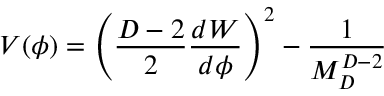
V ( \phi ) = \left( { \frac { D - 2 } { 2 } } { \frac { d W } { d \phi } } \right) ^ { 2 } - { \frac { 1 } { M _ { D } ^ { D - 2 } } }